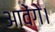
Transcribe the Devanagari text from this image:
आवेंगे।